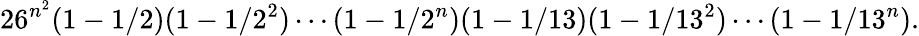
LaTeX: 26^{n^{2}}(1-1/2)(1-1/2^{2})\cdots(1-1/2^{n})(1-1/13)(1-1/13^{2})\cdots(1-1/13^{n}).